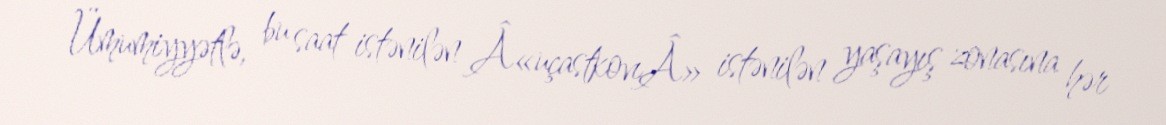
Ümumiyyətlə, bu saat istənilən Â«uçastkovıÂ» istənilən yaşayış zonasına hər